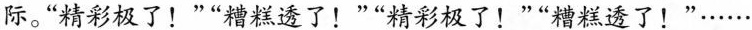
际。“精彩极了！”“糟糕透了！”“精彩极了！”糟糕透了！”……